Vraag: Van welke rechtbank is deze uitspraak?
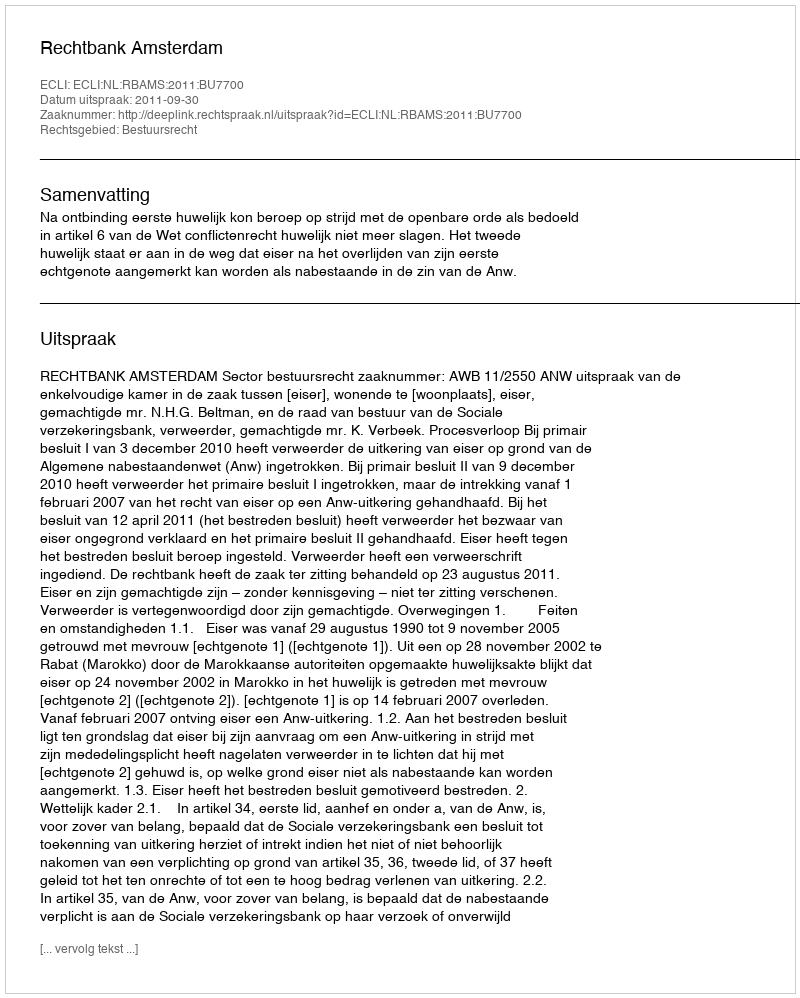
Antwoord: Rechtbank Amsterdam